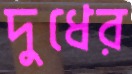
দুধের